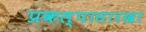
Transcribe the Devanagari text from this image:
प्रकल्पासारखा